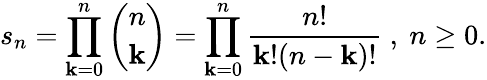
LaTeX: s_{n}=\prod_{\mathbf{k}=0}^{n}{\binom{n}{\mathbf{k}}}=\prod_{\mathbf{k}=0}^{n}{\frac{{n!}}{{\mathbf{k}!(n-\mathbf{k})!}}}~,~n\geq0.